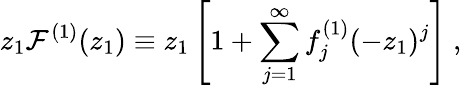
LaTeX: z_{1}{\cal F}^{(1)}(z_{1})\equiv z_{1}\left[1+\sum_{j=1}^{\infty}f_{j}^{(1)}(-z_{1})^{j}\right]\ ,